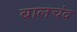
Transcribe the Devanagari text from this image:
बालचंद